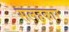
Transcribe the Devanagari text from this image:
सलहकार